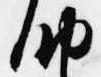
納